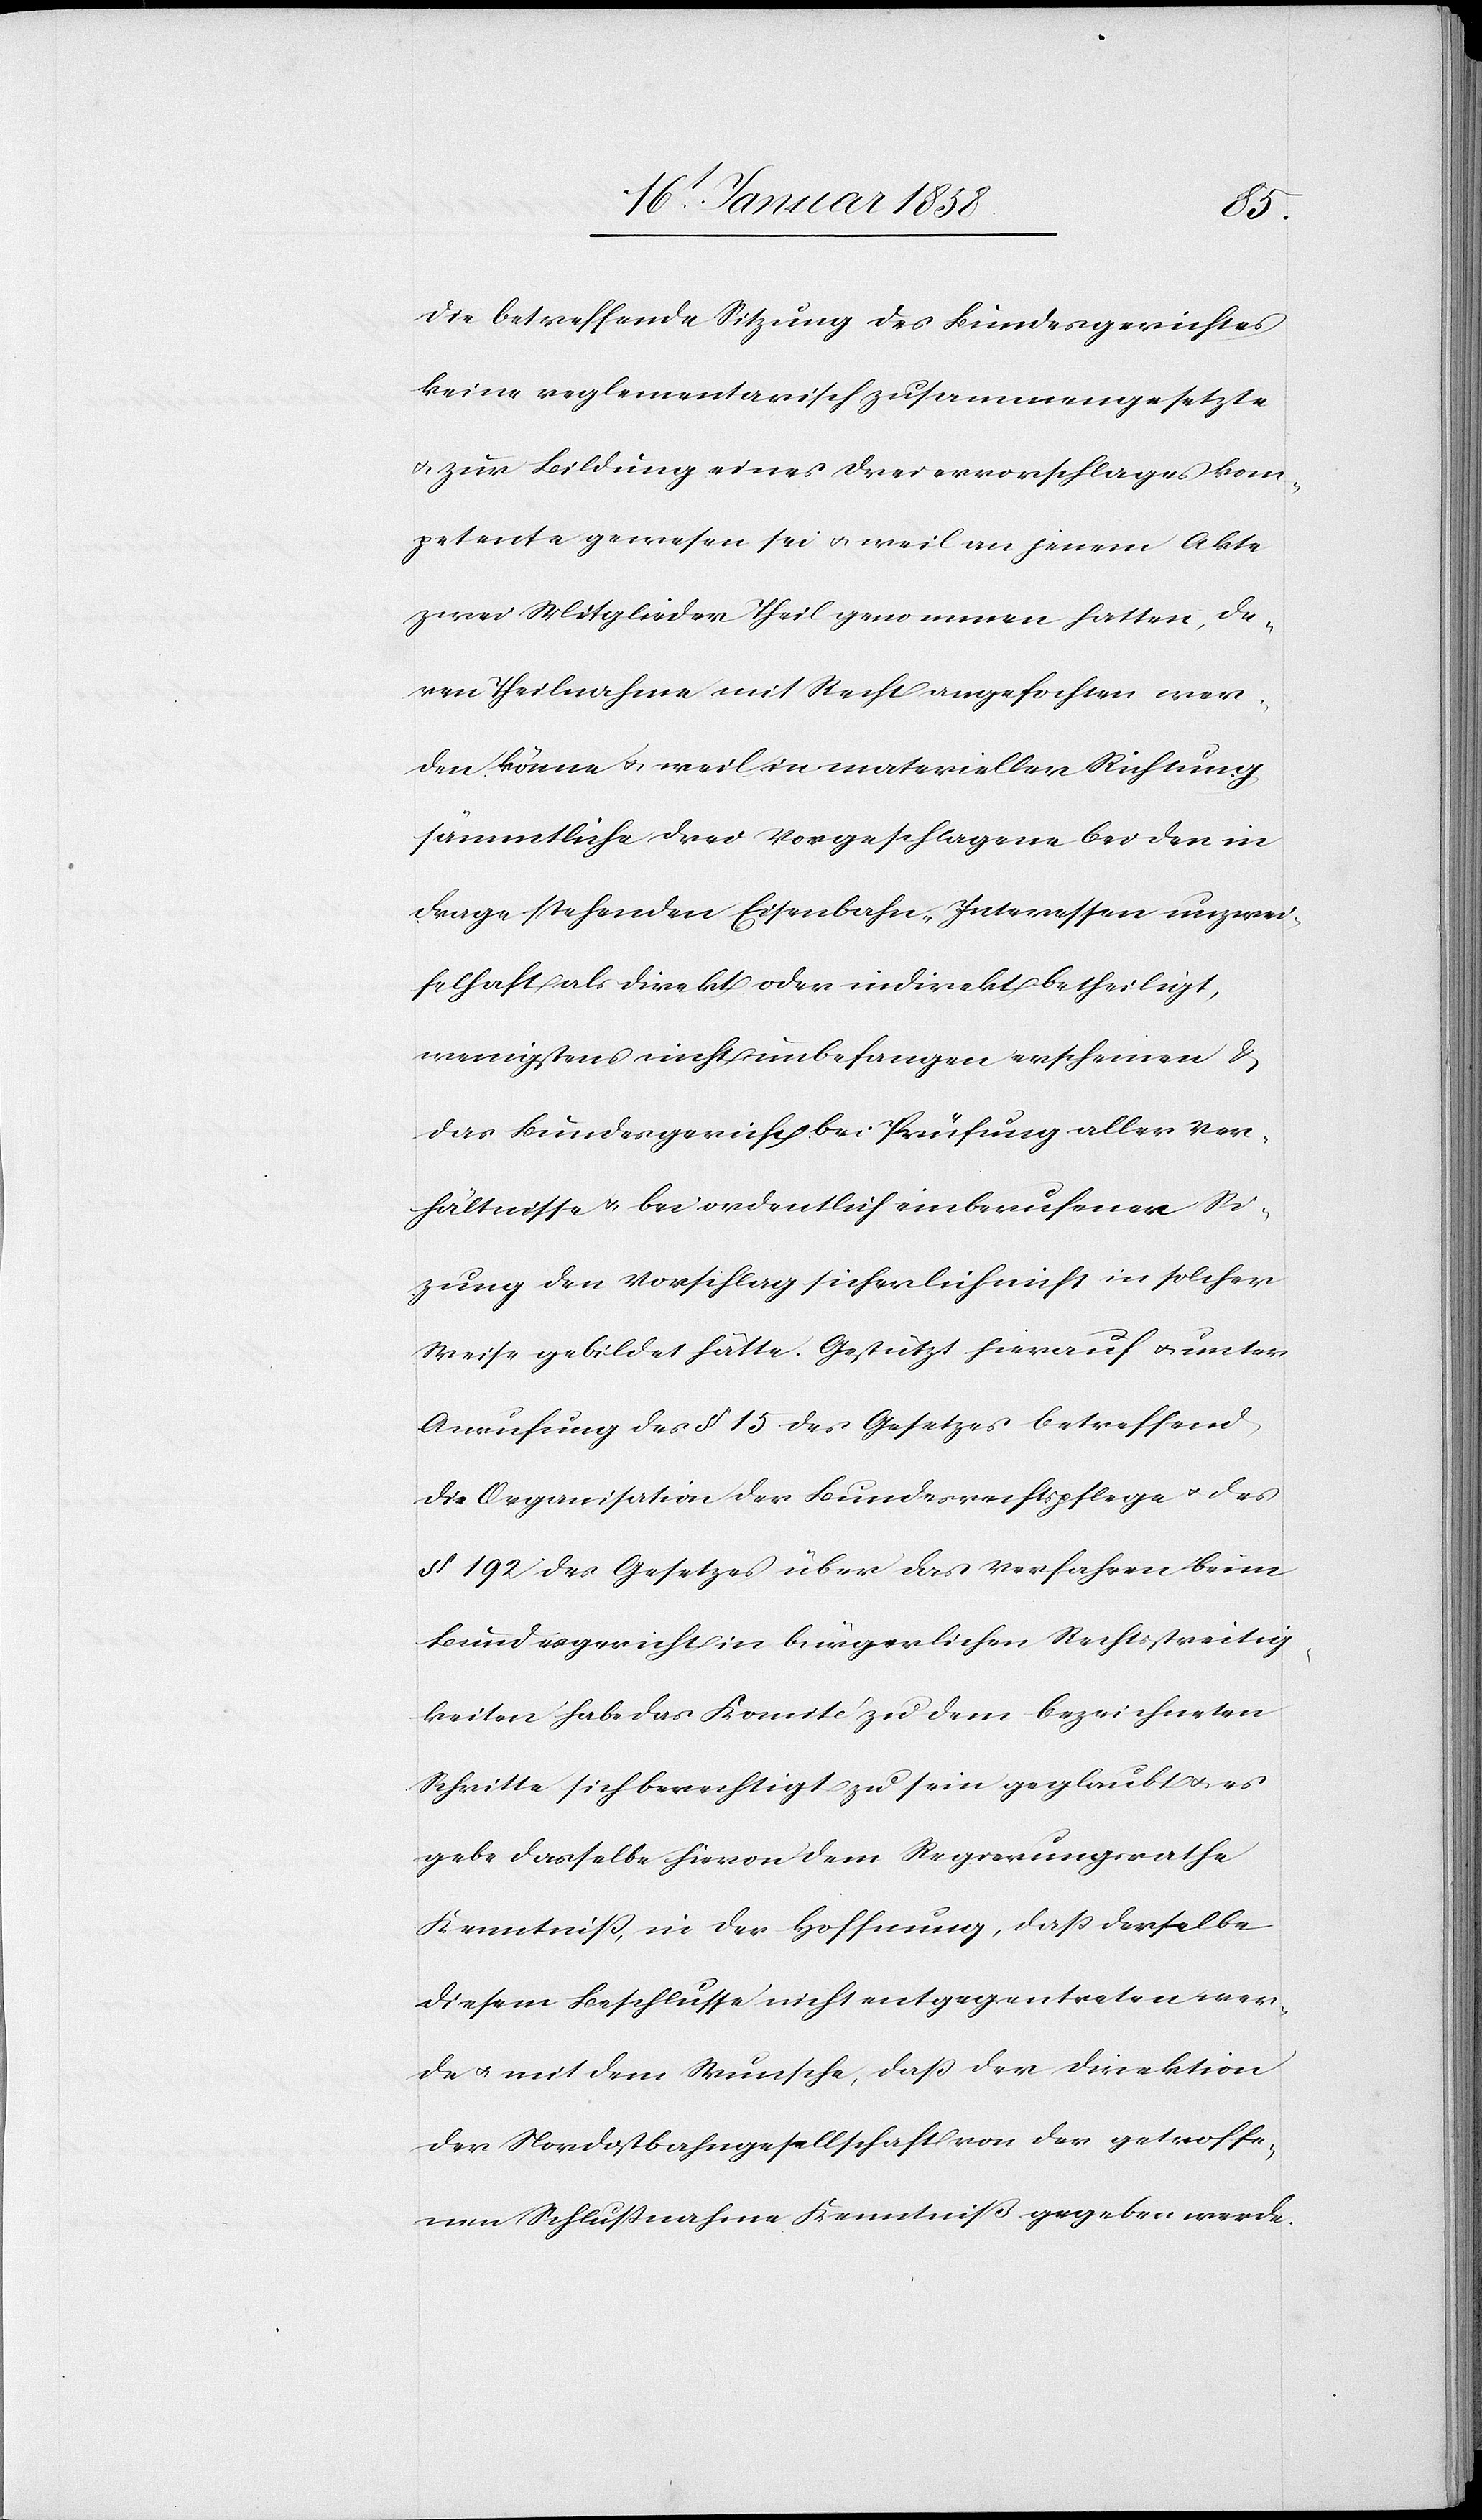
die betreffende Sitzung des Bundesgerichtes
keine reglementarisch zusammengesetzte
u. zur Bildung eines Dreiervorschlages kom¬
petente gewesen sei u. weil an jenem Akte
zwei Mitglieder Theil genommen hatten, de¬
ren Theilnahme mit Recht angefochten wer¬
den könne u. weil in materieller Richtung
sämmtliche drei Vorgeschlagene bei den in
Frage stehenden Eisenbahn-Interessen unzwei¬
felhaft als direkt oder indirekt betheiligt,
wenigstens nicht unbefangen erscheinen &
das Bundesgericht bei Prüfung aller Ver¬
hältnisse u. bei ordentlich einberufener Si¬
zung den Vorschlag sicherlich nicht in solcher
Weise gebildet hätte. Gestützt hierauf u. unter
Anrufung des § 15 des Gesetzes betreffend
die Organisation der Bundesrechtspflege u. des
§ 192 des Gesetzes über das Verfahren beim
Bundesgericht in bürgerlichen Rechtsstreitig¬
keiten habe das Komité zu dem bezeichneten
Schritte sich berechtigt zu sein geglaubt u. es
gebe dasselbe hievon dem Regierungsrathe
Kenntniß, in der Hoffnung, daß derselbe
diesem Beschlusse nicht entgegentreten wer¬
de u. mit dem Wunsche, daß der Direktion
der Nordostbahngesellschaft von der getroffe¬
nen Schlußnahme Kenntniß gegeben werde.